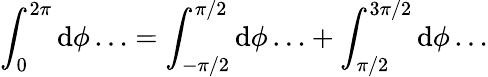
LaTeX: \int_{0}^{2\pi}\mathrm{d}\phi\ldots=\int_{-\pi/2}^{\pi/2}\mathrm{d}\phi\ldots+\int_{\pi/2}^{3\pi/2}\mathrm{d}\phi\ldots